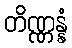
တိဏ္ဏန္နံ